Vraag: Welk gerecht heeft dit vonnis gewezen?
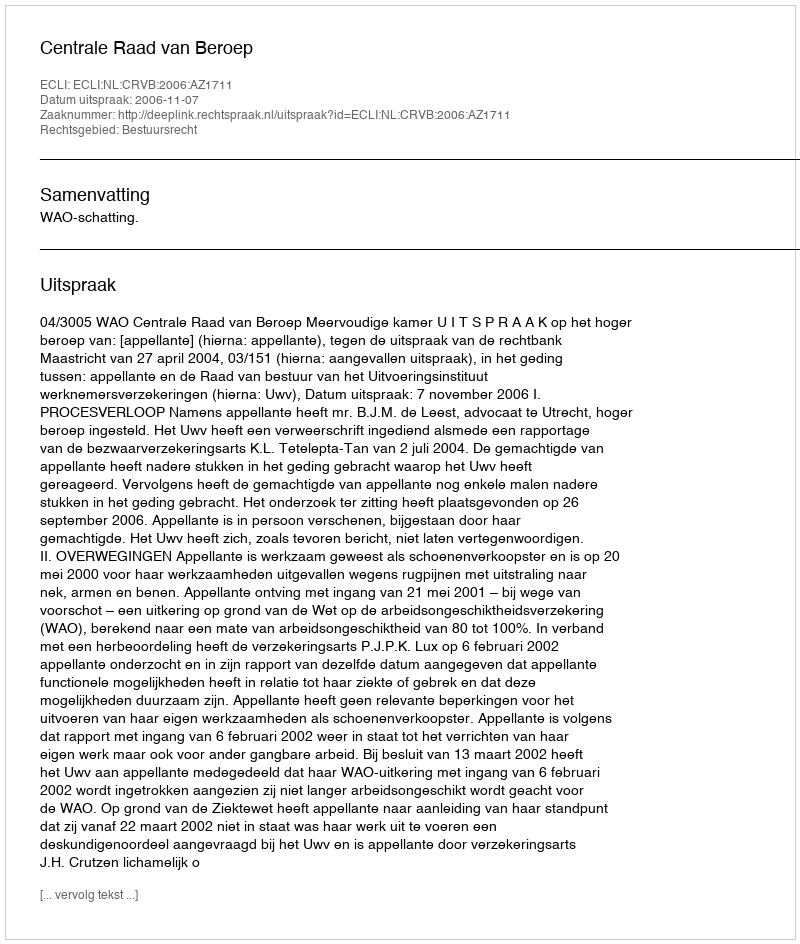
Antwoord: Centrale Raad van Beroep